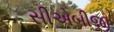
સીએબીજી